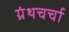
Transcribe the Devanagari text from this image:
ग्रंथचर्चा